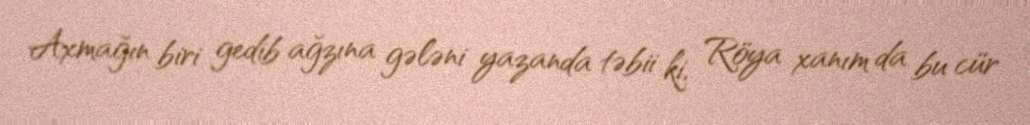
Axmağın biri gedib ağzına gələni yazanda təbii ki, Röya xanım da bu cür